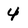
Character: 4